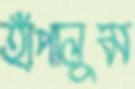
হাঁপালুম